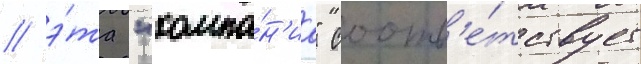
/ э́та "компа́н'иа" соотв'е́тствует